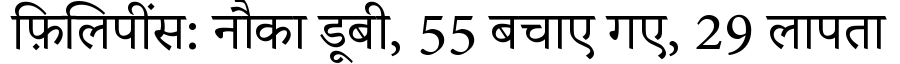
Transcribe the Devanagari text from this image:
फ़िलिपींस: नौका डूबी, 55 बचाए गए, 29 लापता